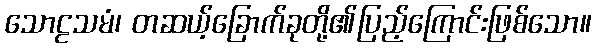
သောဠသမံ၊ တဆယ့်ခြောက်ခုတို့၏ပြည့်ကြောင်းဖြစ်သော။